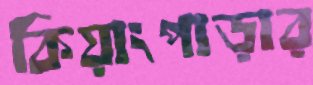
কিয়াংপাড়ার